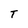
Character: T